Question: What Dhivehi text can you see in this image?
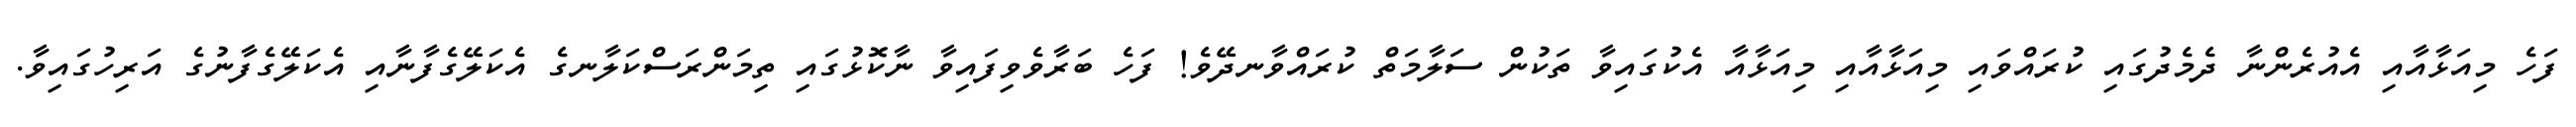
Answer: ފަހެ މިއަޅާއާއި އެއުރެންނާ ދެމެދުގައި ކުރައްވައި މިއަޅާއާއި މިއަޅާއާ އެކުގައިވާ ތަކުން ސަލާމަތް ކުރައްވާނދޭވެ! ފަހެ ބަރާވެވިފައިވާ ނާކޮޅުގައި ތިމަންރަސްކަލާނގެ އެކަލޭގެފާނާއި އެކަލޭގެފާނުގެ އަރިހުގައިވާ.